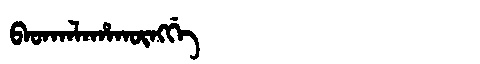
Manchu: ᠪᠠᡨᡴᠠᠯᠠᡥᠠᡴᡡᠩᡤᡝ
Romanization: BATKALAHAKŪNGGE